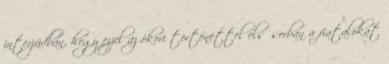
interjúdban, hogy ezzel az ókori történettel elsősorban a fiatalokat